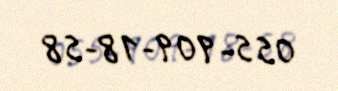
055-909-18-58